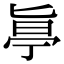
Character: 𠤟